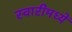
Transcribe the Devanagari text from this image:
स्वारीमध्यें